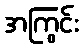
အကြွင်း